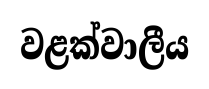
වළක්වාලීය